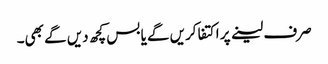
صرف لینے پر اکتفا کریں گے یا بس کچھ دیں گے بھی۔